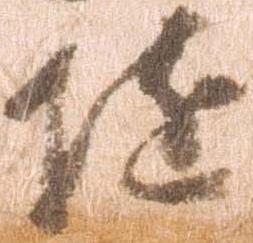
随